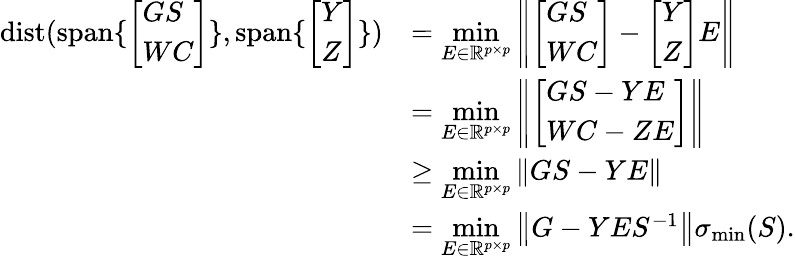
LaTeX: \begin{array}{rl}{{\mathrm{dist}}({\mathrm{span}}\{ \left[\begin{array}{l}{GS}\\ {WC}\end{array}\right]\} ,{\mathrm{span}}\{ \left[\begin{array}{l}{Y}\\ {Z}\end{array}\right]\} )}&{=\underset{E\in\mathbb{R}^{p\times p}}{\operatorname*{min}}\left\| \left[\begin{array}{l}{GS}\\ {WC}\end{array}\right]-\left[\begin{array}{l}{Y}\\ {Z}\end{array}\right]E\right\| }\\ &{=\underset{E\in\mathbb{R}^{p\times p}}{\operatorname*{min}}\left\| \left[\begin{array}{l}{GS-YE}\\ {WC-ZE}\end{array}\right]\right\| }\\ &{\geq\underset{E\in\mathbb{R}^{p\times p}}{\operatorname*{min}}\left\| GS-YE\right\| }\\ &{=\underset{E\in\mathbb{R}^{p\times p}}{\operatorname*{min}}\left\| G-YES^{-1}\right\| \sigma_{\operatorname*{min}}(S).}\end{array}